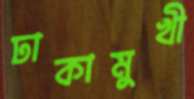
ঢাকামুখী